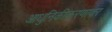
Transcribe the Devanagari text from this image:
आधुनिकीकरणावर